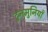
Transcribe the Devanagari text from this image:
टुनमुनियाँ